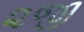
૨જી